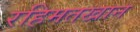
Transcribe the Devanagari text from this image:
रहिमतखान